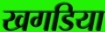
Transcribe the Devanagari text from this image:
खगडिया